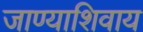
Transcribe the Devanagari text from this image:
जाण्याशिवाय